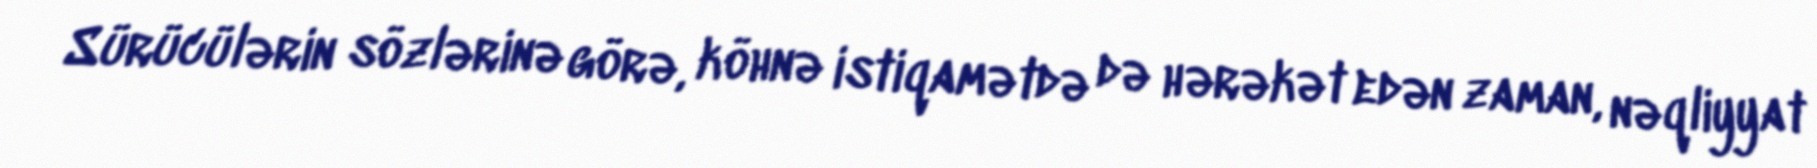
Sürücülərin sözlərinə görə, köhnə istiqamətdə də hərəkət edən zaman, nəqliyyat